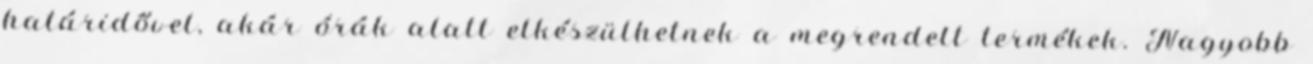
határidővel, akár órák alatt elkészülhetnek a megrendelt termékek. Nagyobb